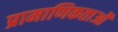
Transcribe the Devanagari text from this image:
प्रामाणिकताओं